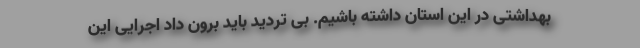
بهداشتی در این استان داشته باشیم. بی تردید باید برون داد اجرایی این